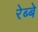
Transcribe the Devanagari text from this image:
रेब्बे